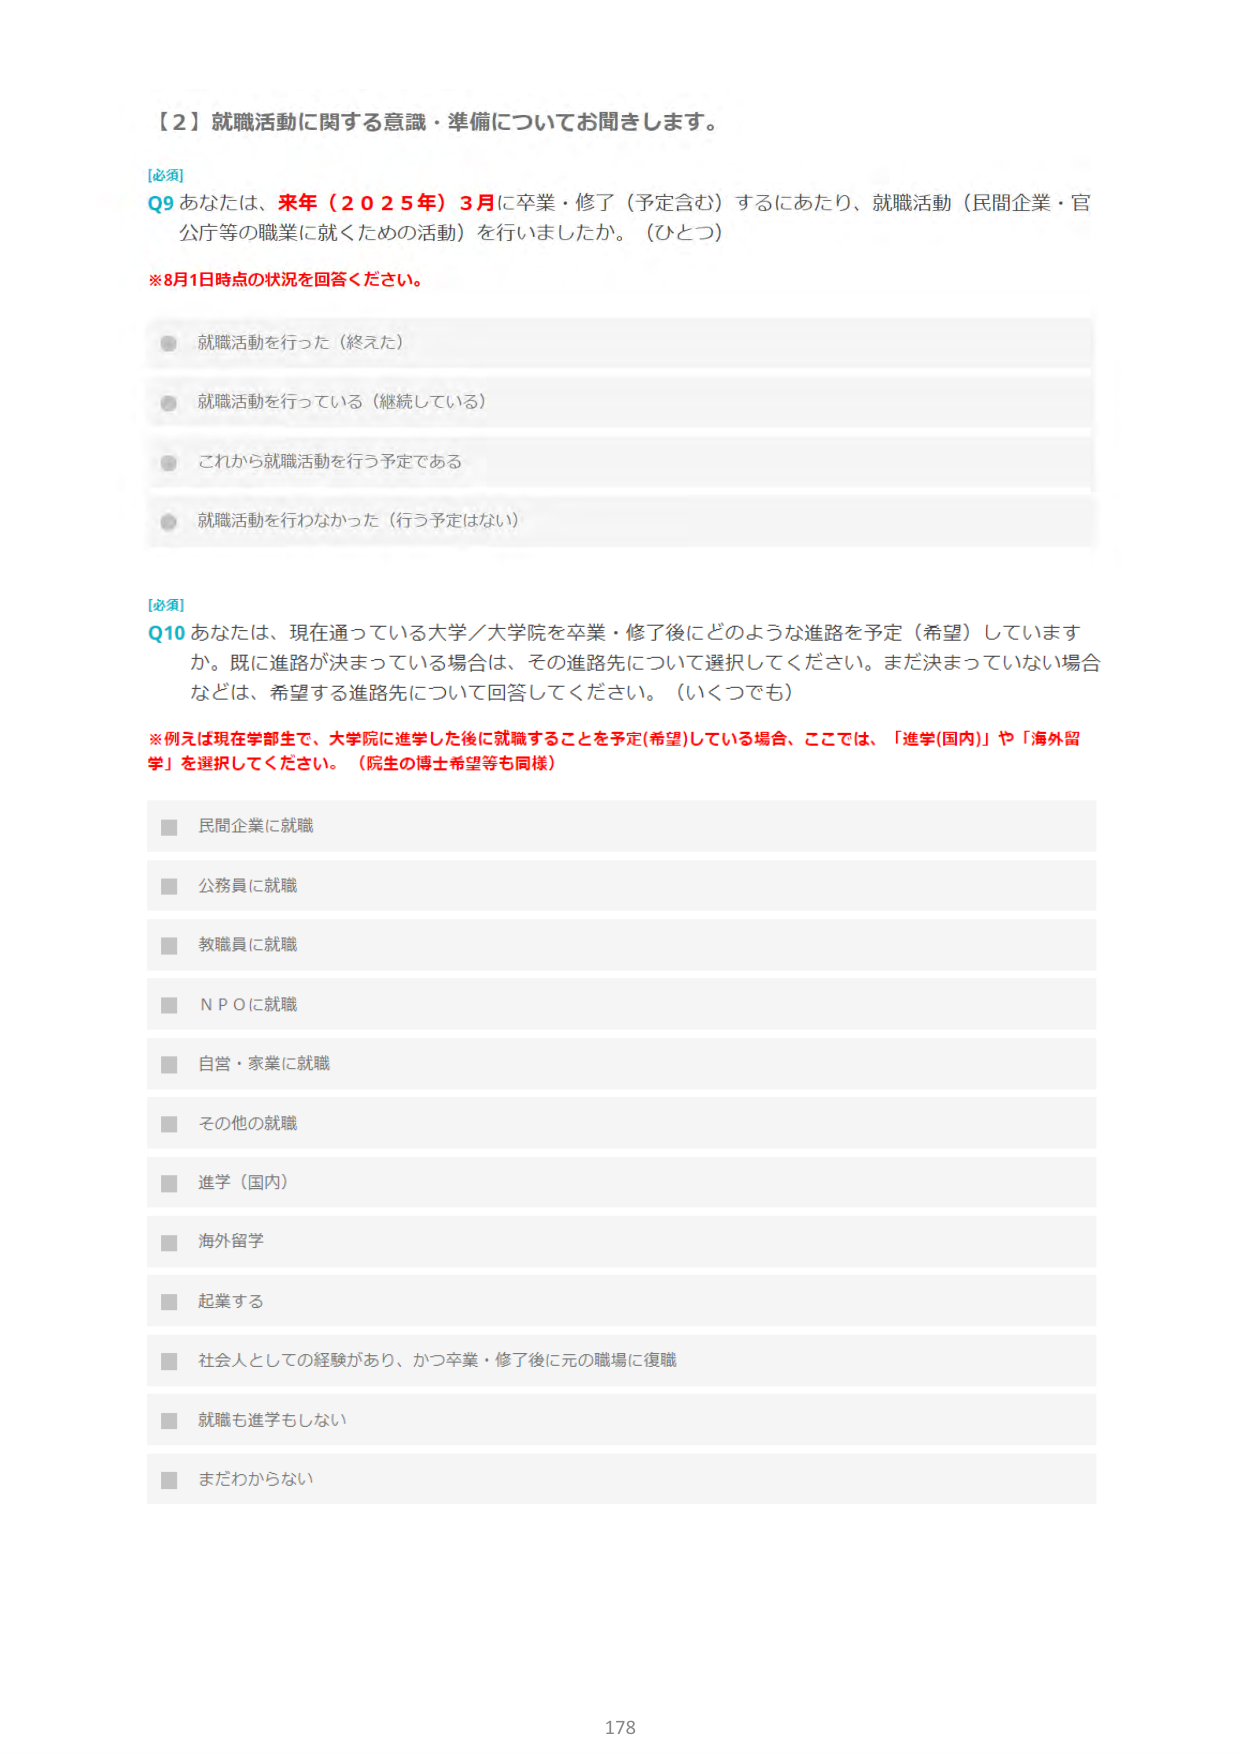
【２】就職活動に関する意識・準備についてお聞きします。

[必須]
Q9 あなたは、来年（２０２５年）３月に卒業・修了（予定含む）するにあたり、就職活動（民間企業・官公庁等の職業に就くための活動）を行いましたか。（ひとつ）

※8月1日時点の状況を回答ください。

● 就職活動を行った（終えた）
● 就職活動を行っている（継続している）
● これから就職活動を行う予定である
● 就職活動を行わなかった（行う予定はない）

[必須]
Q10 あなたは、現在通っている大学／大学院を卒業・修了後にどのような進路を予定（希望）していますか。既に進路が決まっている場合は、その進路先について選択してください。まだ決まっていない場合などは、希望する進路先について回答してください。（いくつでも）

※例えば現在学部生で、大学院に進学した後に就職することを予定(希望)している場合、ここでは、「進学(国内)」や「海外留学」を選択してください。（院生の博士希望等も同様）

■ 民間企業に就職
■ 公務員に就職
■ 教職員に就職
■ ＮＰＯに就職
■ 自営・家業に就職
■ その他の就職
■ 進学（国内）
■ 海外留学
■ 起業する
■ 社会人としての経験があり、かつ卒業・修了後に元の職場に復職
■ 就職も進学もしない
■ まだわからない

178